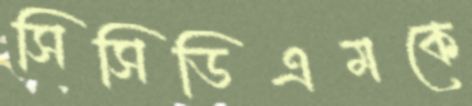
সিসিডিএমকে